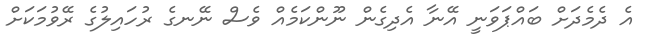
އެ ދެމެދަށް ބައްޕަވަނީ އޭނާ އެދިގެން ނޫންކަމެއް ވެސް ނޭނގެ ރުހައިލުގެ ރޭވުމަކަށް